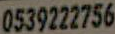
0539222756